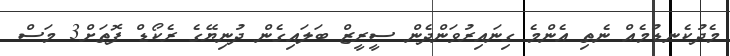
މެދުކެނޑުމެއް ނެތި އެންމެ ގިނައިރުވަންދެން ސީރީޒް ބަލައިގެން ދުނިޔޭގެ ރެކޯޑް ފޮތަށް3 މަސް